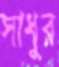
সাধুর